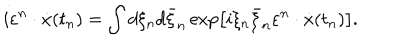
i \varepsilon ^ { n } \cdot \dot { x } ( t _ { n } ) = \int { d \xi _ { n } } d \bar { \xi } _ { n } \exp \left[ { i \xi _ { n } \bar { \xi } _ { n } \varepsilon ^ { n } \cdot \dot { x } ( t _ { n } ) } \right] .